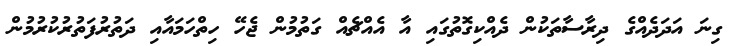
ގިނަ އަދަދެއްގެ ދިރާސާތަކުން ދެއްކިގޮތުގައި އާ އެއްޗެއް ގަތުމުން ޖެހޭ ހިތްހަމައާއި ދަތުރުފަތުރުކުރުމުން